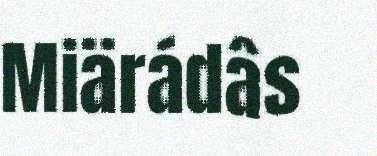
Miärádâs